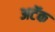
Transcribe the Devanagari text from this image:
अटॅक